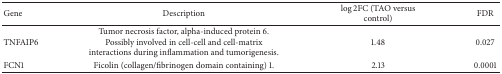
<table><thead><tr><td><b>Gene</b></td><td><b>Description</b></td><td><b>log⁡2FC (TAO versus control)</b></td><td><b>FDR</b></td></tr></thead><tbody><tr><td>TNFAIP6</td><td>Tumor necrosis factor, alpha-induced protein 6. Possibly involved in cell-cell and cell-matrix interactions during inflammation and tumorigenesis.</td><td>1.48</td><td>0.027</td></tr><tr><td>FCN1</td><td>Ficolin (collagen/fibrinogen domain containing) 1.</td><td>2.13</td><td>0.0001</td></tr></tbody></table>